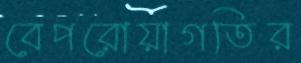
বেপরোয়াগতির